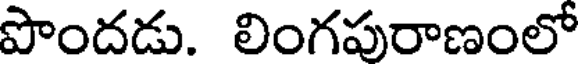
పొందడు. లింగపురాణంలో